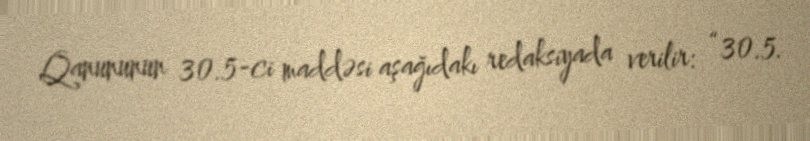
Qanununun 30.5-ci maddəsi aşağıdakı redaksiyada verilir: “30.5.